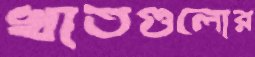
খাতগুলোর